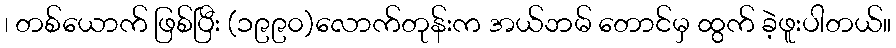
၊ တစ်ယောက် ဖြစ်ပြီး (၁၉၉၀)လောက်တုန်းက အယ်ဘမ် တောင်မှ ထွက် ခဲ့ဖူးပါတယ်။